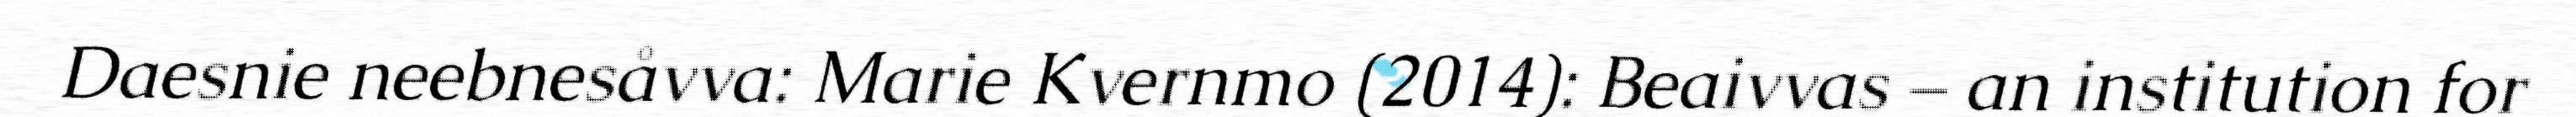
Daesnie neebnesåvva: Marie Kvernmo (2014): Beaivvas – an institution for